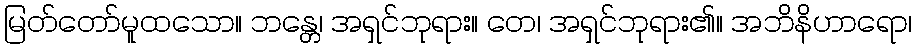
မြတ်တော်မူထသော။ ဘန္တေ၊ အရှင်ဘုရား။ တေ၊ အရှင်ဘုရား၏။ အဘိနိဟာရော၊